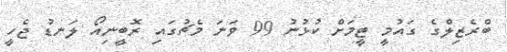
ބްރެޒިލްގެ ގައުމީ ޓީމަށް ކުޅުނު 99 ވަނަ މެޗުގައި ރޮބީނިއޯ ލަނޑު ޖެހީ